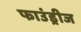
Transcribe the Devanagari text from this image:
फाउंड्रीज